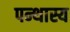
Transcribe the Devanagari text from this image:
पन्थास्य